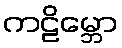
ကဠိမ္ဘော